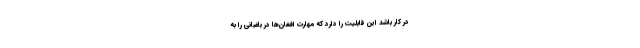
در کار باشد این قابلیت را دارد که مهارت افغان‌ها در باغبانی را به